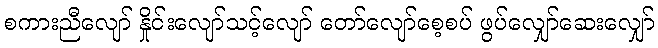
စကားညီလျော် နှိုင်းလျော်သင့်လျော် တော်လျော်စေ့စပ် ဖွပ်လျှော်ဆေးလျှော်